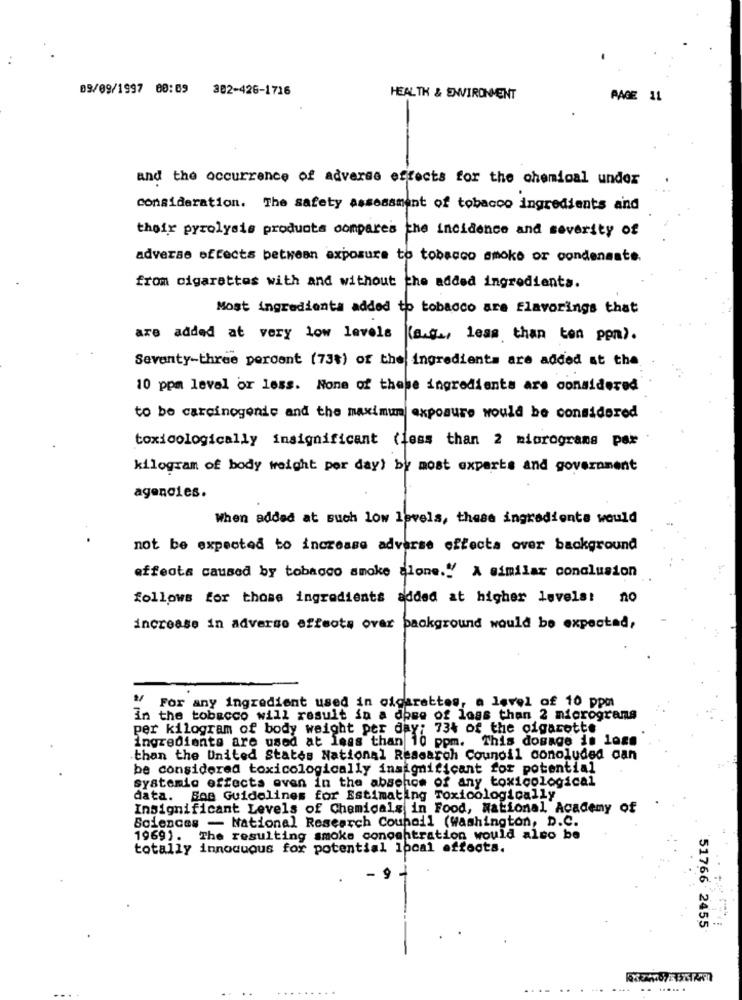
09/09/1997 00:09 302-426-1716
HEALTH & ENVIRONMENT
PAGE 11
and the occurrence of adverse effects for the chemical under
consideration. The safety assessment of tobacco ingredients and
their pyrolysis products compares the incidence and severity of
adverse effects between exposure to tobacco smoke or condensate.
from cigarettes with and without the added ingredients.
Most ingredients added to tobacco are flavorings that
are added at very low levels (a.g ., less than ton ppa).
Seventy-three percent (73%) of the ingredients are added at the
10 ppm level or less. None of these ingredients are considered
to be carcinogenic and the maximum exposure would be considered
toxicologically insignificant (less than 2 micrograms por
kilogram of body weight per day) by most experts and government
agencies.
When added at such low levels, these ingredients would
not be expected to increase adverse effects over background
affects caused by tobacco smoke alone .! A similar conclusion
follows for those ingredients added at higher levels: no
increase in adverse effects over background would be expected,
For any ingredient used in cigarettes, a level of 10 ppm
in the tobacco will result in a dose of loss than 2 micrograms
per kilogram of body weight per day; 734 of the cigarette
ingredients are used at less than 10 ppm. This dosage is loss
than the United States National Research Council conoluded dan
be considered toxicologically insignificant for potential
systemic effects even in the absence of any toxicological
data. Boe Guidelines for Estimating Toxicologically
Insignificant Levels of Chemicals in Food, National Academy of
Sciences - National Research Council (washington, D.C.
1969). The resulting smoke concentration would also be
totally innocuous for potential local effects.
. 9
51766 2455
.... .. ......